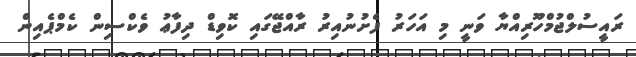
ރައީސުލްޖުމްހޫރިއްޔާ ވަނީ މި އަހަރު ފެށުނުއިރު ރާއްޖޭގައި ކޮވިޑް ދިފާޢު ވެކްސިން ކެމްޕެއިން